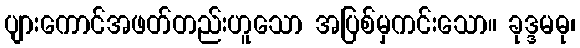
ပျားကောင်အဖတ်တည်းဟူသော အပြစ်မှကင်းသော။ ခုဒ္ဒမဓု၊